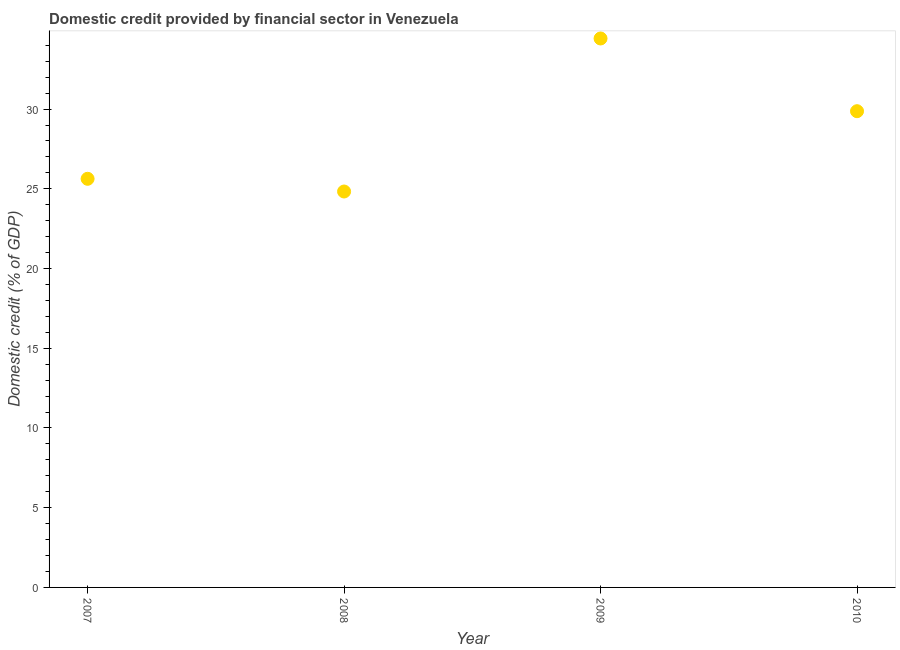
| Year | Domestic credit provided by financial sector |
 | --- | --- |
 | 2007 | 25.6 |
 | 2008 | 24.8 |
 | 2009 | 34.4 |
 | 2010 | 29.9 |